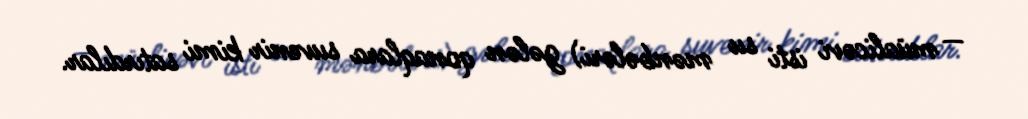
— müalicəvi isti su mənbələri) gələn qonaqlara suvenir kimi satırdılar.